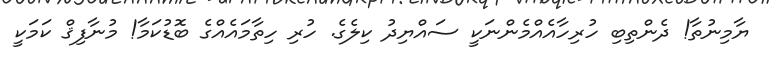
ޔާމިނުތާ! ދެންތިބި ހުރިހާއެއްމެންނަކީ ސައްޔިދު ކިލެގެ. ހުރި ހިތާމައެއްގެ ބޮޑުކަމާ! މުނާފިޤް ކަމަކީ